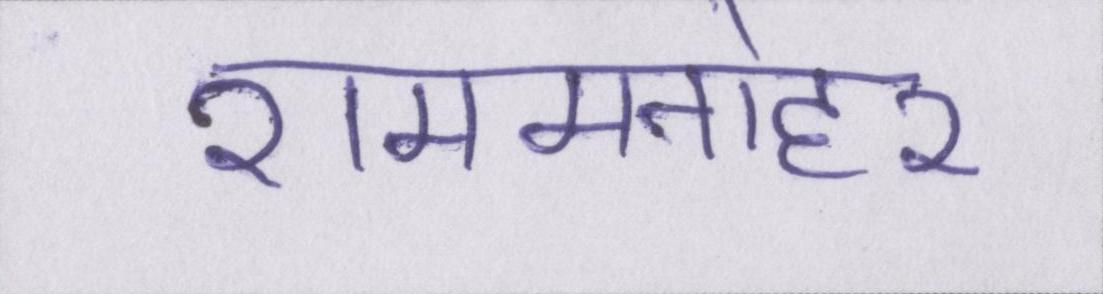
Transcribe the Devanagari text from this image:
राममनोहर